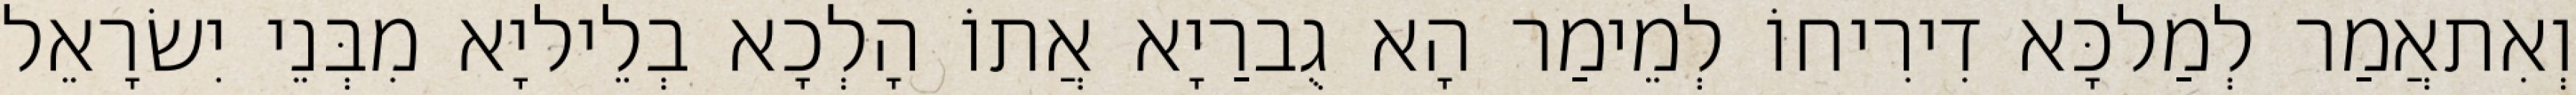
וְאִתאֲמַר לְמַלכָּא דִירִיחוֹ לְמֵימַר הָא גֻברַיָא אֲתוֹ הָלְכָא בְלֵיליָא מִבְּנֵי יִשׂרָאֵל